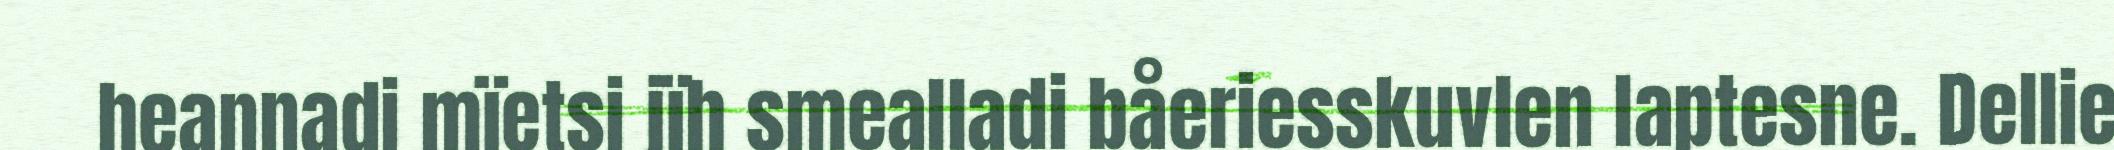
heannadi mïetsi jïh smealladi båeriesskuvlen laptesne. Dellie